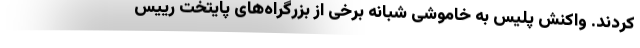
کردند. واکنش پلیس به خاموشی شبانه برخی از بزرگراه‌های پایتخت رییس